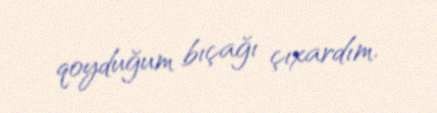
qoyduğum bıçağı çıxardım.